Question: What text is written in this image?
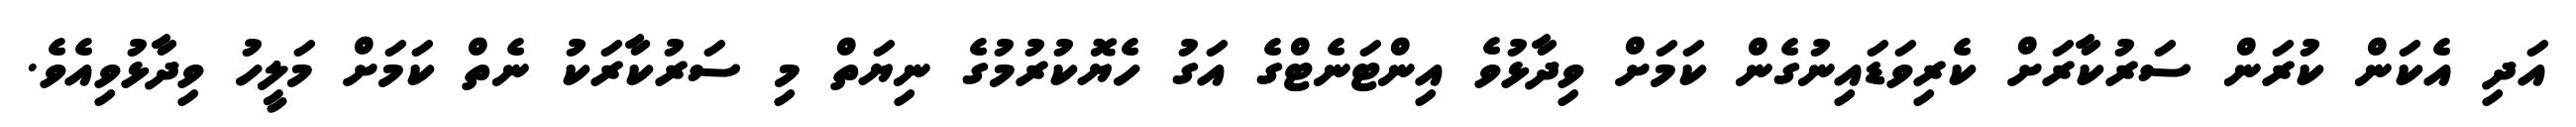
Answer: އަދި އެކަން ކުރަން ސަރުކާރަށް ކެރިވަޑައިނުގެން ކަމަށް ވިދާޅުވެ އިންޓަނެޓްގެ އަގު ހެޔޮކުރުމުގެ ނިޔަތް މި ސަރުކާރަކު ނެތް ކަމަށް މަލީހު ވިދާޅުވިއެވެ.